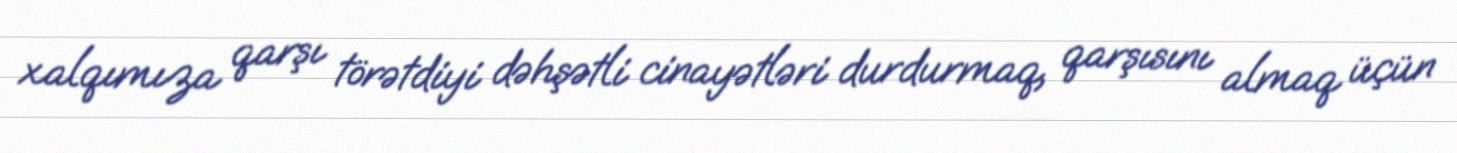
xalqımıza qarşı törətdiyi dəhşətli cinayətləri durdurmaq, qarşısını almaq üçün